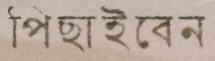
পিছাইবেন